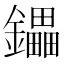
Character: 鑘